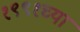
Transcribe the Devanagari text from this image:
१९९१च्या